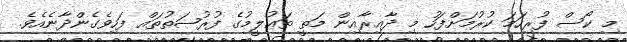
މި ކޯސް ފުރިހަމަ ކުރުމަށްފަހު މި ދާއިރާއިން މަތީ ތަޢުލީމުގެ ފުރުޞަތުތައް ފަހިވެގެންދާނެއެވެ.